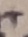
Text: +